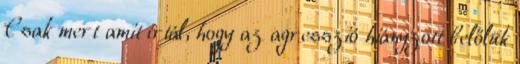
Csak mert amit írtál, hogy az agresszió hiányzott belőlük